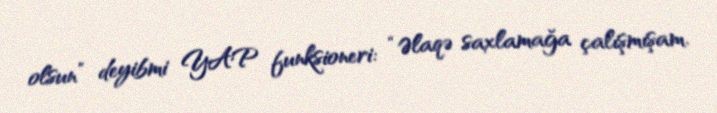
olsun” deyibmi YAP funksioneri: “Əlaqə saxlamağa çalışmışam.